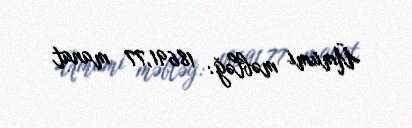
Ümumi məbləğ: 18691,77 manat